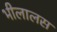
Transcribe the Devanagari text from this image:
भीलालस